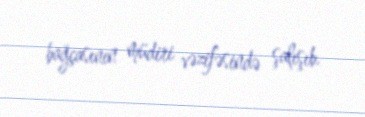
bağçasının müdiri vəzifəsində şalışıb.